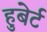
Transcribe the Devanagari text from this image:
हुबेर्ट